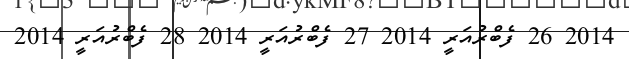
2014 26 ފެބްރުއަރީ 2014 27 ފެބްރުއަރީ 2014 28 ފެބްރުއަރީ 2014